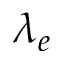
\lambda _ { e }